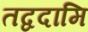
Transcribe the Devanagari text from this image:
तद्वदामि